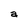
Character: a